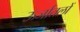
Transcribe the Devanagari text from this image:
ऊर्जातलों